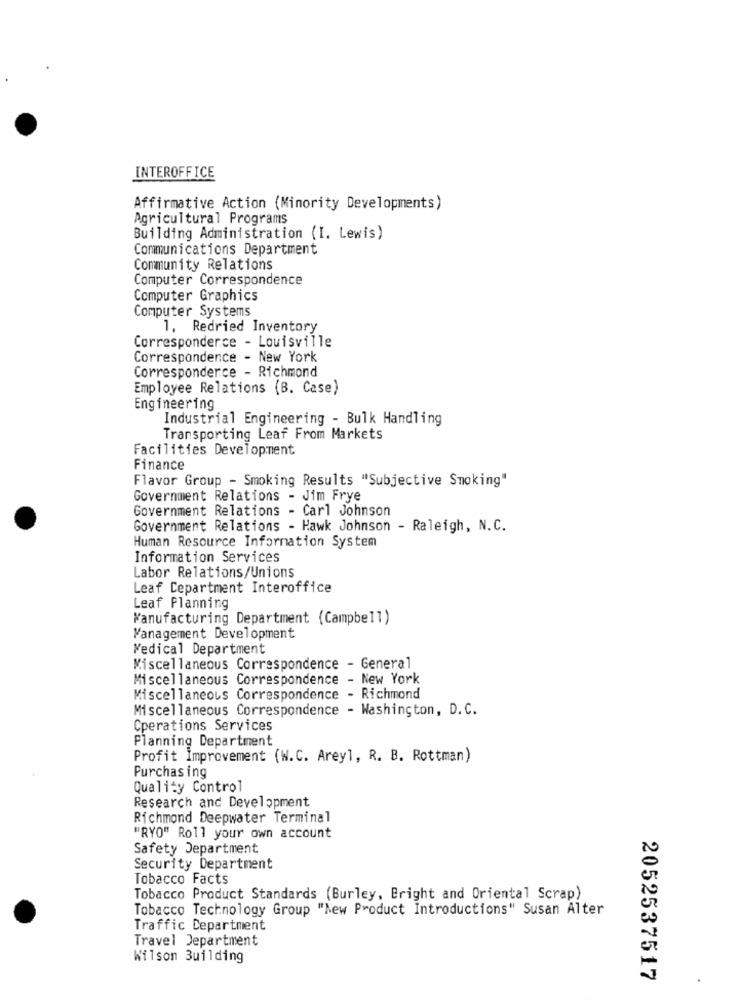
INTEROFFICE
Affirmative Action (Minority Developments)
Agricultural Programs
Building Administration (I. Lewis)
Communications Department
Community Relations
Computer Correspondence
Computer Graphics
Computer Systems
1. Redried Inventory
Corresponderce - Louisville
Correspondence - New York
Corresponderce - Richmond
Employee Relations (B. Case)
Engineering
Industrial Engineering - Bulk Handling
Transporting Leaf From Markets
Facilities Development
Finance
Flavor Group - Smoking Results "Subjective Smoking"
Government Relations - Jim Frye
Government Relations - Carl Johnson
Government Relations - Hawk Johnson - Raleigh, N.C.
Human Resource Information System
Information Services
Labor Relations/Unions
Leaf Department Interoffice
Leaf Planning
Manufacturing Department (Campbell)
Management Development
Medical Department
Miscellaneous Correspondence - General
Miscellaneous Correspondence - New York
Miscellaneous Correspondence - Richmond
Miscellaneous Correspondence - Washington, D. C.
Cperations Services
Planning Department
Profit Improvement (W.C. Areyl, R. B. Rottman)
Purchasing
Quality Control
Research and Development
Richmond Deepwater Terminal
"RYO" Roll your own account
Safety Department
Security Department
Tobacco Facts
Tobacco Product Standards (Burley, Bright and Oriental Scrap)
Tobacco Technology Group "New Product Introductions" Susan Alter
Traffic Department
Travel Department
Wilson Building
2052537517